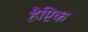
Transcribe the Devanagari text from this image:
हैप्टिक